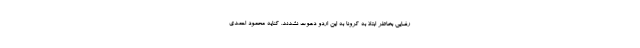
رضایی بخاطر ابتلا به کرونا به این اردو دعوت نشدند. کنایه محمود احمدی